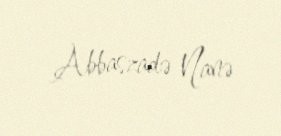
Abbaszadə Nanə